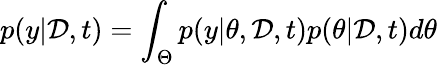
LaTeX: p(y|\mathcal{D},t)=\int_{\Theta}p(y|\theta,\mathcal{D},t)p(\theta|\mathcal{D},t)d\theta